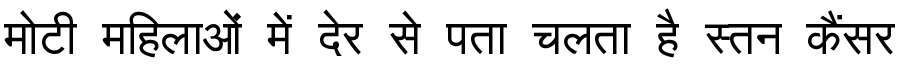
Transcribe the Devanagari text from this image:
मोटी महिलाओं में देर से पता चलता है स्तन कैंसर